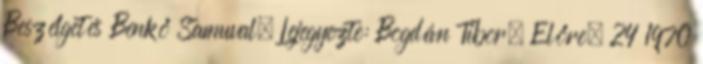
Beszélgetés Benkő Samuval. Lejegyezte: Bogdán Tibor. Előre. 24 1970